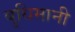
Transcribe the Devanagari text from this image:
बुधिमानी